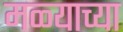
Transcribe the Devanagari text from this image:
मळ्याच्या